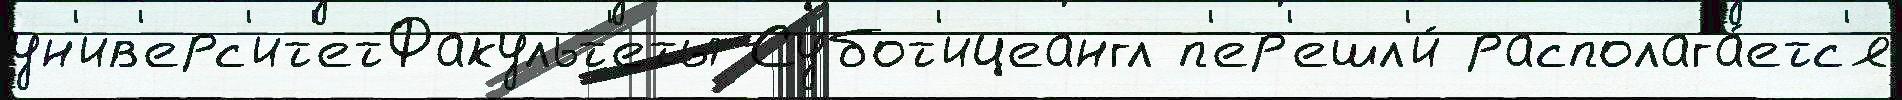
ун'ив'ерс'ит'етФакульт'еты Субот'ицеангл п'ер'ешл'и́ располага́етс'я